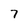
Character: 7